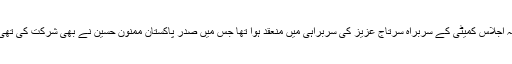
یہ اجلاس کمیٹی کے سربراہ سرتاج عزیز کی سربراہی میں منعقد ہوا تھا جس میں صدر پاکستان ممنون حسین نے بھی شرکت کی تھی۔